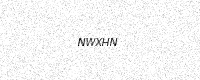
Text: NWXHN